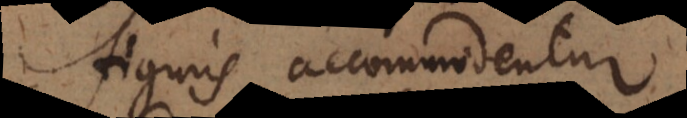
figuris accomodentur.